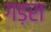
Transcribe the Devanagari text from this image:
गड़रा